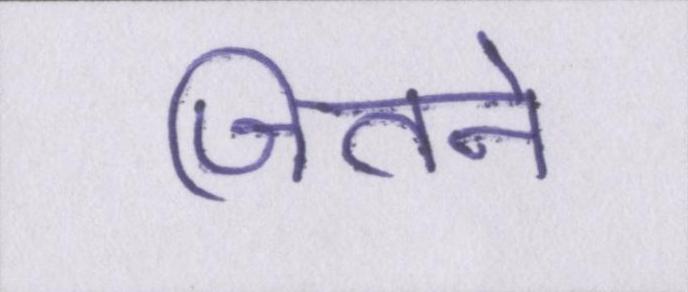
जितने